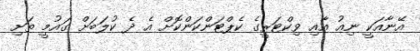
އޭނާއަކީ ނިއު އާއި ވިކްޓަރީގެ ކެޕްޓަންކަންކޮށް އެ ދެ ކުލަބަށް ގައުމީ ތަށި